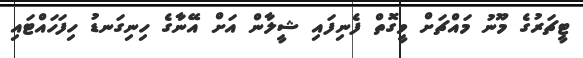
ޓީޗަރުގެ މޫނު މައްޗަށް ވީގޮތް ފެނިފައި ޝީލާން އަށް އޭނާގެ ހިނިގަނޑު ހިފަހައްޓައި